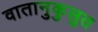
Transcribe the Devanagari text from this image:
वातानुकुलुत